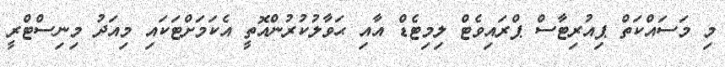
މި މަސައްކަތް ޕިއުރިޓާސް ޕްރައިވެޓް ލިމިޓެޑް އާއި ޙަވާލުކުރުންއޮތީ އެކަމަށްޓަކައި މިއަދު މިނިސްޓްރީ